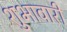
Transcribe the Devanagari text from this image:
शुभावारी